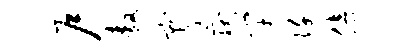
户敖宵岳竿阡倍